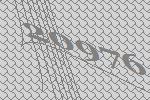
20976